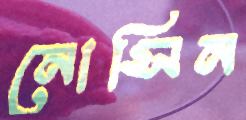
নোসিন